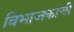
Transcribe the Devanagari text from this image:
विभाजकाची